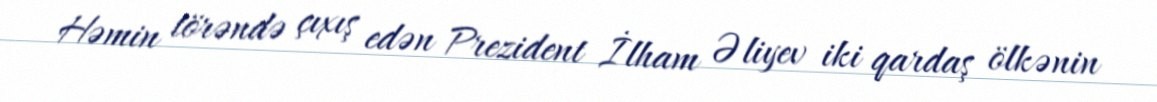
Həmin törəndə çıxış edən Prezident İlham Əliyev iki qardaş ölkənin